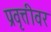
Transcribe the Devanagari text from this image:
प्रवृत्तीवर